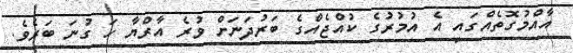
އާއްމުގޮތެއްގައި އެ އުމުރުގެ ކުއްޖެއްގެ ބަރުދަނަށް ވުރެ އާރްޔާ ހަ ގުނަ ބަރެވެ.